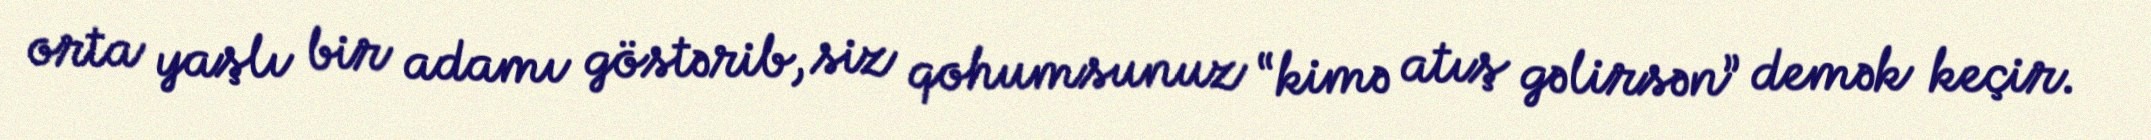
orta yaşlı bir adamı göstərib, siz qohumsunuz “kimə atış gəlirsən” demək keçir.